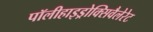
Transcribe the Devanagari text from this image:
पॉलीहाइड्रोक्सिवैलेरेट